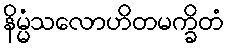
နိမ္မံသလောဟိတမက္ခိတံ